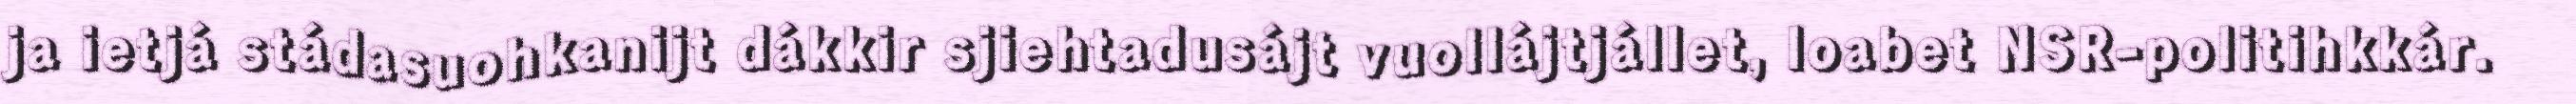
ja ietjá stádasuohkanijt dákkir sjiehtadusájt vuollájtjállet, loabet NSR-politihkkár.